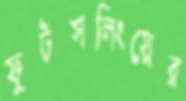
ফুটসলিংয়ের